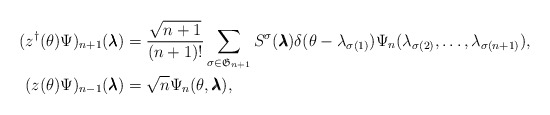
\begin{align*}(z^\dagger(\theta)\Psi)_{n+1}(\pmb{\lambda}) &= \frac{\sqrt{n+1}}{(n+1)!}\sum_{\sigma \in \mathfrak{G}_{n+1}}S^\sigma(\pmb{\lambda})\delta(\theta -\lambda_{\sigma(1)})\Psi_n(\lambda_{\sigma(2)}, \ldots, \lambda_{\sigma(n+1)}),\\(z(\theta)\Psi)_{n-1}(\pmb{\lambda}) &= \sqrt{n}\Psi_n(\theta,\pmb{\lambda}),\end{align*}